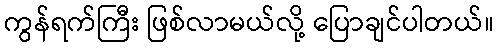
ကွန်ရက်ကြီး ဖြစ်လာမယ်လို့ ပြောချင်ပါတယ်။